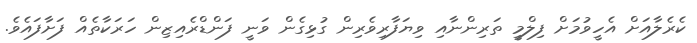
ކެރެލާއަށް އެހީވުމަށް ފިލްމީ ތަރިންނާއި ވިޔަފާރިވެރިން ގުޅިގެން ވަނީ ފަންޑްރެއިޒިން ހަރަކާތެއް ފަށާފައެވެ.